Indian Medical Review
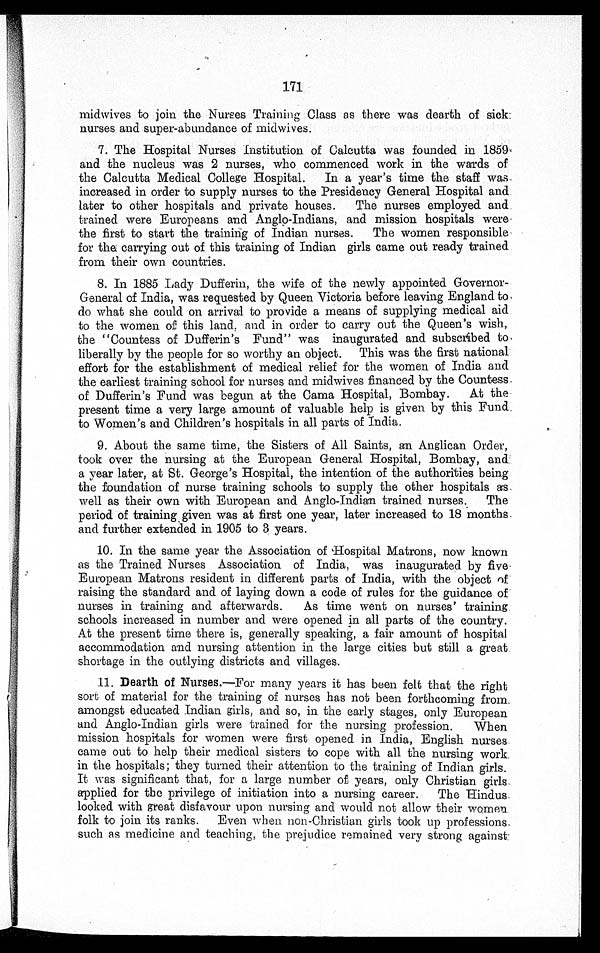
171
midwives to join the Nurses Training Class as there was dearth of sick
nurses and super-abundance of midwives.
7. The Hospital Nurses institution of Calcutta was founded in 1859
and the nucleus was 2 nurses, who commenced work in the wards of
the Calcutta Medical College Hospital. In a year's time the staff was
increased in order to supply nurses to the Presidency General Hospital and
later to other hospitals and private houses. The nurses employed and
trained were Europeans and Anglo-Indians, and mission hospitals were
the first to start the training of Indian nurses. The women responsible
for the carrying out of this training of Indian girls came out ready trained
from their own countries.
8. In 1885 Lady Dufferin, the wife of the newly appointed Governor
- G e n e r a l o f I n d i a , w a s r e q u e s t e d b y Q u e e n V i c t o r i a b e f o r e l e a v i n g E n g l a n d t o
do what she could on arrival to provide a means of supplying medical aid
to the women of this land, and in order to carry out the Queen's wish,
the "Countess of Dufferin's Fund" was inaugurated and subscribed to
liberally by the people for so worthy an object. This was the first national
effort for the establishment of medical relief for the women of India and
the earliest training school for nurses and midwives financed by the Countess
of Dufferin's Fund was begun at the Cama Hospital, Bombay. At the
present time a very large amount of valuable help is given by this Fund
to Women's and Children's hospitals in all parts of India.
9. About the same time, the Sisters of All Saints, an Anglican Order,
took over the nursing at the European General Hospital, Bombay, and
a year later, at St. George's Hospital, the intention of the authorities being
the foundation of nurse training schools to supply the other hospitals as
well as their own with European and Anglo-Indian trained nurses. The
period of training given was at first one year, later increased to 18 months
and further extended in 1905 to 3 years.
10. In the same year the Association of Hospital Matrons, now known
as the Trained Nurses Association of India, was inaugurated by five
European Matrons resident in different parts of India, with the object of
raising the standard and of laying down a code of rules for the guidance of
nurses in training and afterwards. As time went on nurses' training
schools increased in number and were opened in all parts of the country.
At the present time there is, generally speaking, a fair amount of hospital
accommodation and nursing attention in the large cities but still a great
shortage in the outlying districts and villages.
11. Dearth of Nurses.— For many years it has been felt that the right
sort of material for the training of nurses has not been forthcoming from
amongst educated Indian girls, and so, in the early stages, only European
and Anglo-Indian girls were trained for the nursing profession. When
mission hospitals for women were first opened in India, English nurses
came out to help their medical sisters to cope with all the nursing work
in the hospitals; they turned their attention to the training of Indian girls
It was significant that, for a large number of years, only Christian girls
applied for the privilege of initiation into a nursing career. The Hindus
looked with great disfavour upon nursing and would not allow their woman
folk to join its ranks. Even when non-Christian girls took up professions
such as medicine and teaching, the prejudice remained very strong against